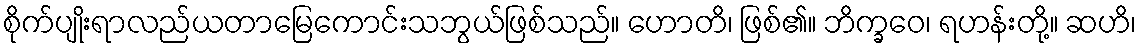
စိုက်ပျိုးရာလည်ယတာမြေကောင်းသဘွယ်ဖြစ်သည်။ ဟောတိ၊ ဖြစ်၏။ ဘိက္ခဝေ၊ ရဟန်းတို့။ ဆဟိ၊